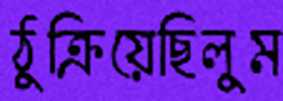
ঠুক্‌রিয়েছিলুম